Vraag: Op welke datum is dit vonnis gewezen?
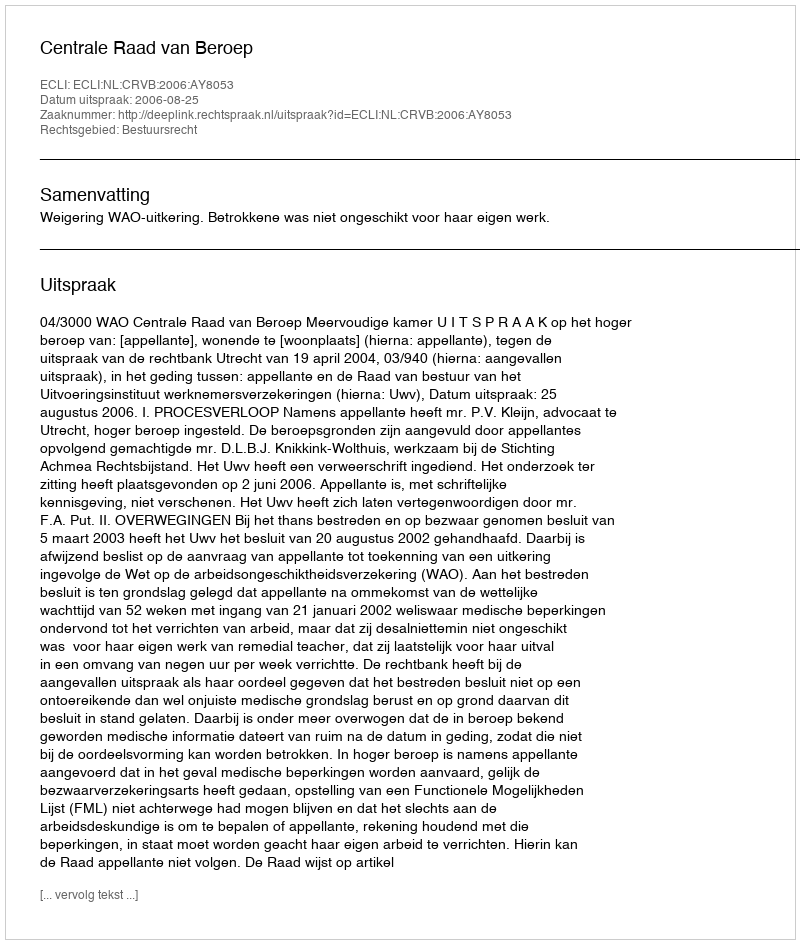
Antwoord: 2006-08-25